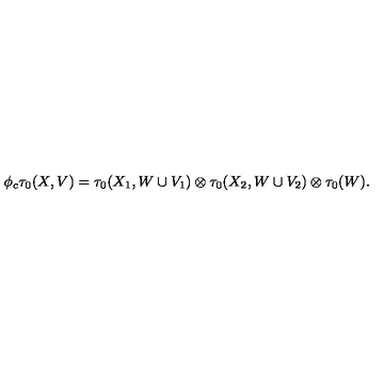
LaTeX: \phi _ { c } \tau _ { 0 } ( X , V ) = \tau _ { 0 } ( X _ { 1 } , W \cup V _ { 1 } ) \otimes \tau _ { 0 } ( X _ { 2 } , W \cup V _ { 2 } ) \otimes \tau _ { 0 } ( W ) .